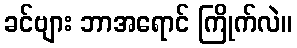
ခင်ဗျား ဘာအရောင် ကြိုက်လဲ။